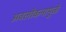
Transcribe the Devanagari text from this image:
अवलोकनामुळे